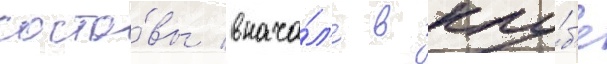
соста́вы внача́л'е в клу́б'е